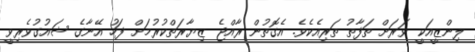
ލިންޒީއަކީ ވަރަށް ތަފާތު ތަރިއެކެވެ. އެގޮތުން ރާއްޖެ ޒިޔާރަތްކުރުމަށް ފަހު އޭނާގެ ޝައުގުވެރިވީ